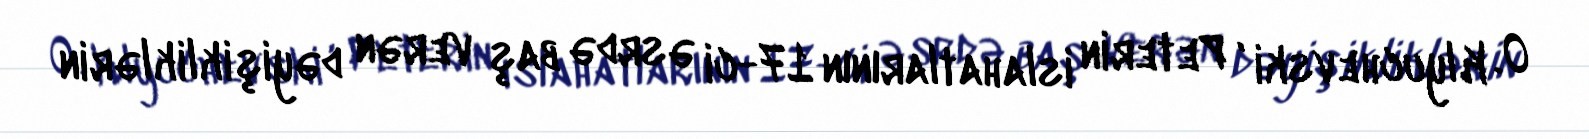
O. Klyuchevski , Peterin islahatlarının 17-ci əsrdə baş verən dəyişikliklərin